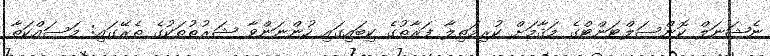
ނެޝަނަލް ކޮންސަލްޓަންޓްގެ މަޤާމަށް ކުރިމަތިލާ ފަރާތުގެ ކިބައިގައި ހުންނަންވާ ޝަރުޠުތަކުގެ ތެރޭގައި: މަސައްކަތާ